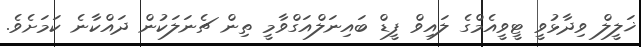
ޚަލީލް ވިދާޅުވީ ޓީވީއެމްގެ ލައިވް ފީޑް ބައިނަލްއަގްވާމީ ތިން ޗެނަލަކުން ދައްކާނެ ކަމަށެވެ.